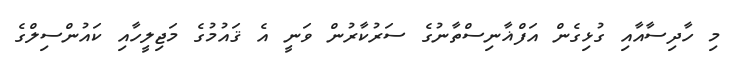
މި ހާދިސާއާއި ގުޅިގެން އަފްޣާނިސްތާނުގެ ސަރުކާރުން ވަނީ އެ ޤައުމުގެ މަޖިލީހާއި ކައުންސިލްގެ